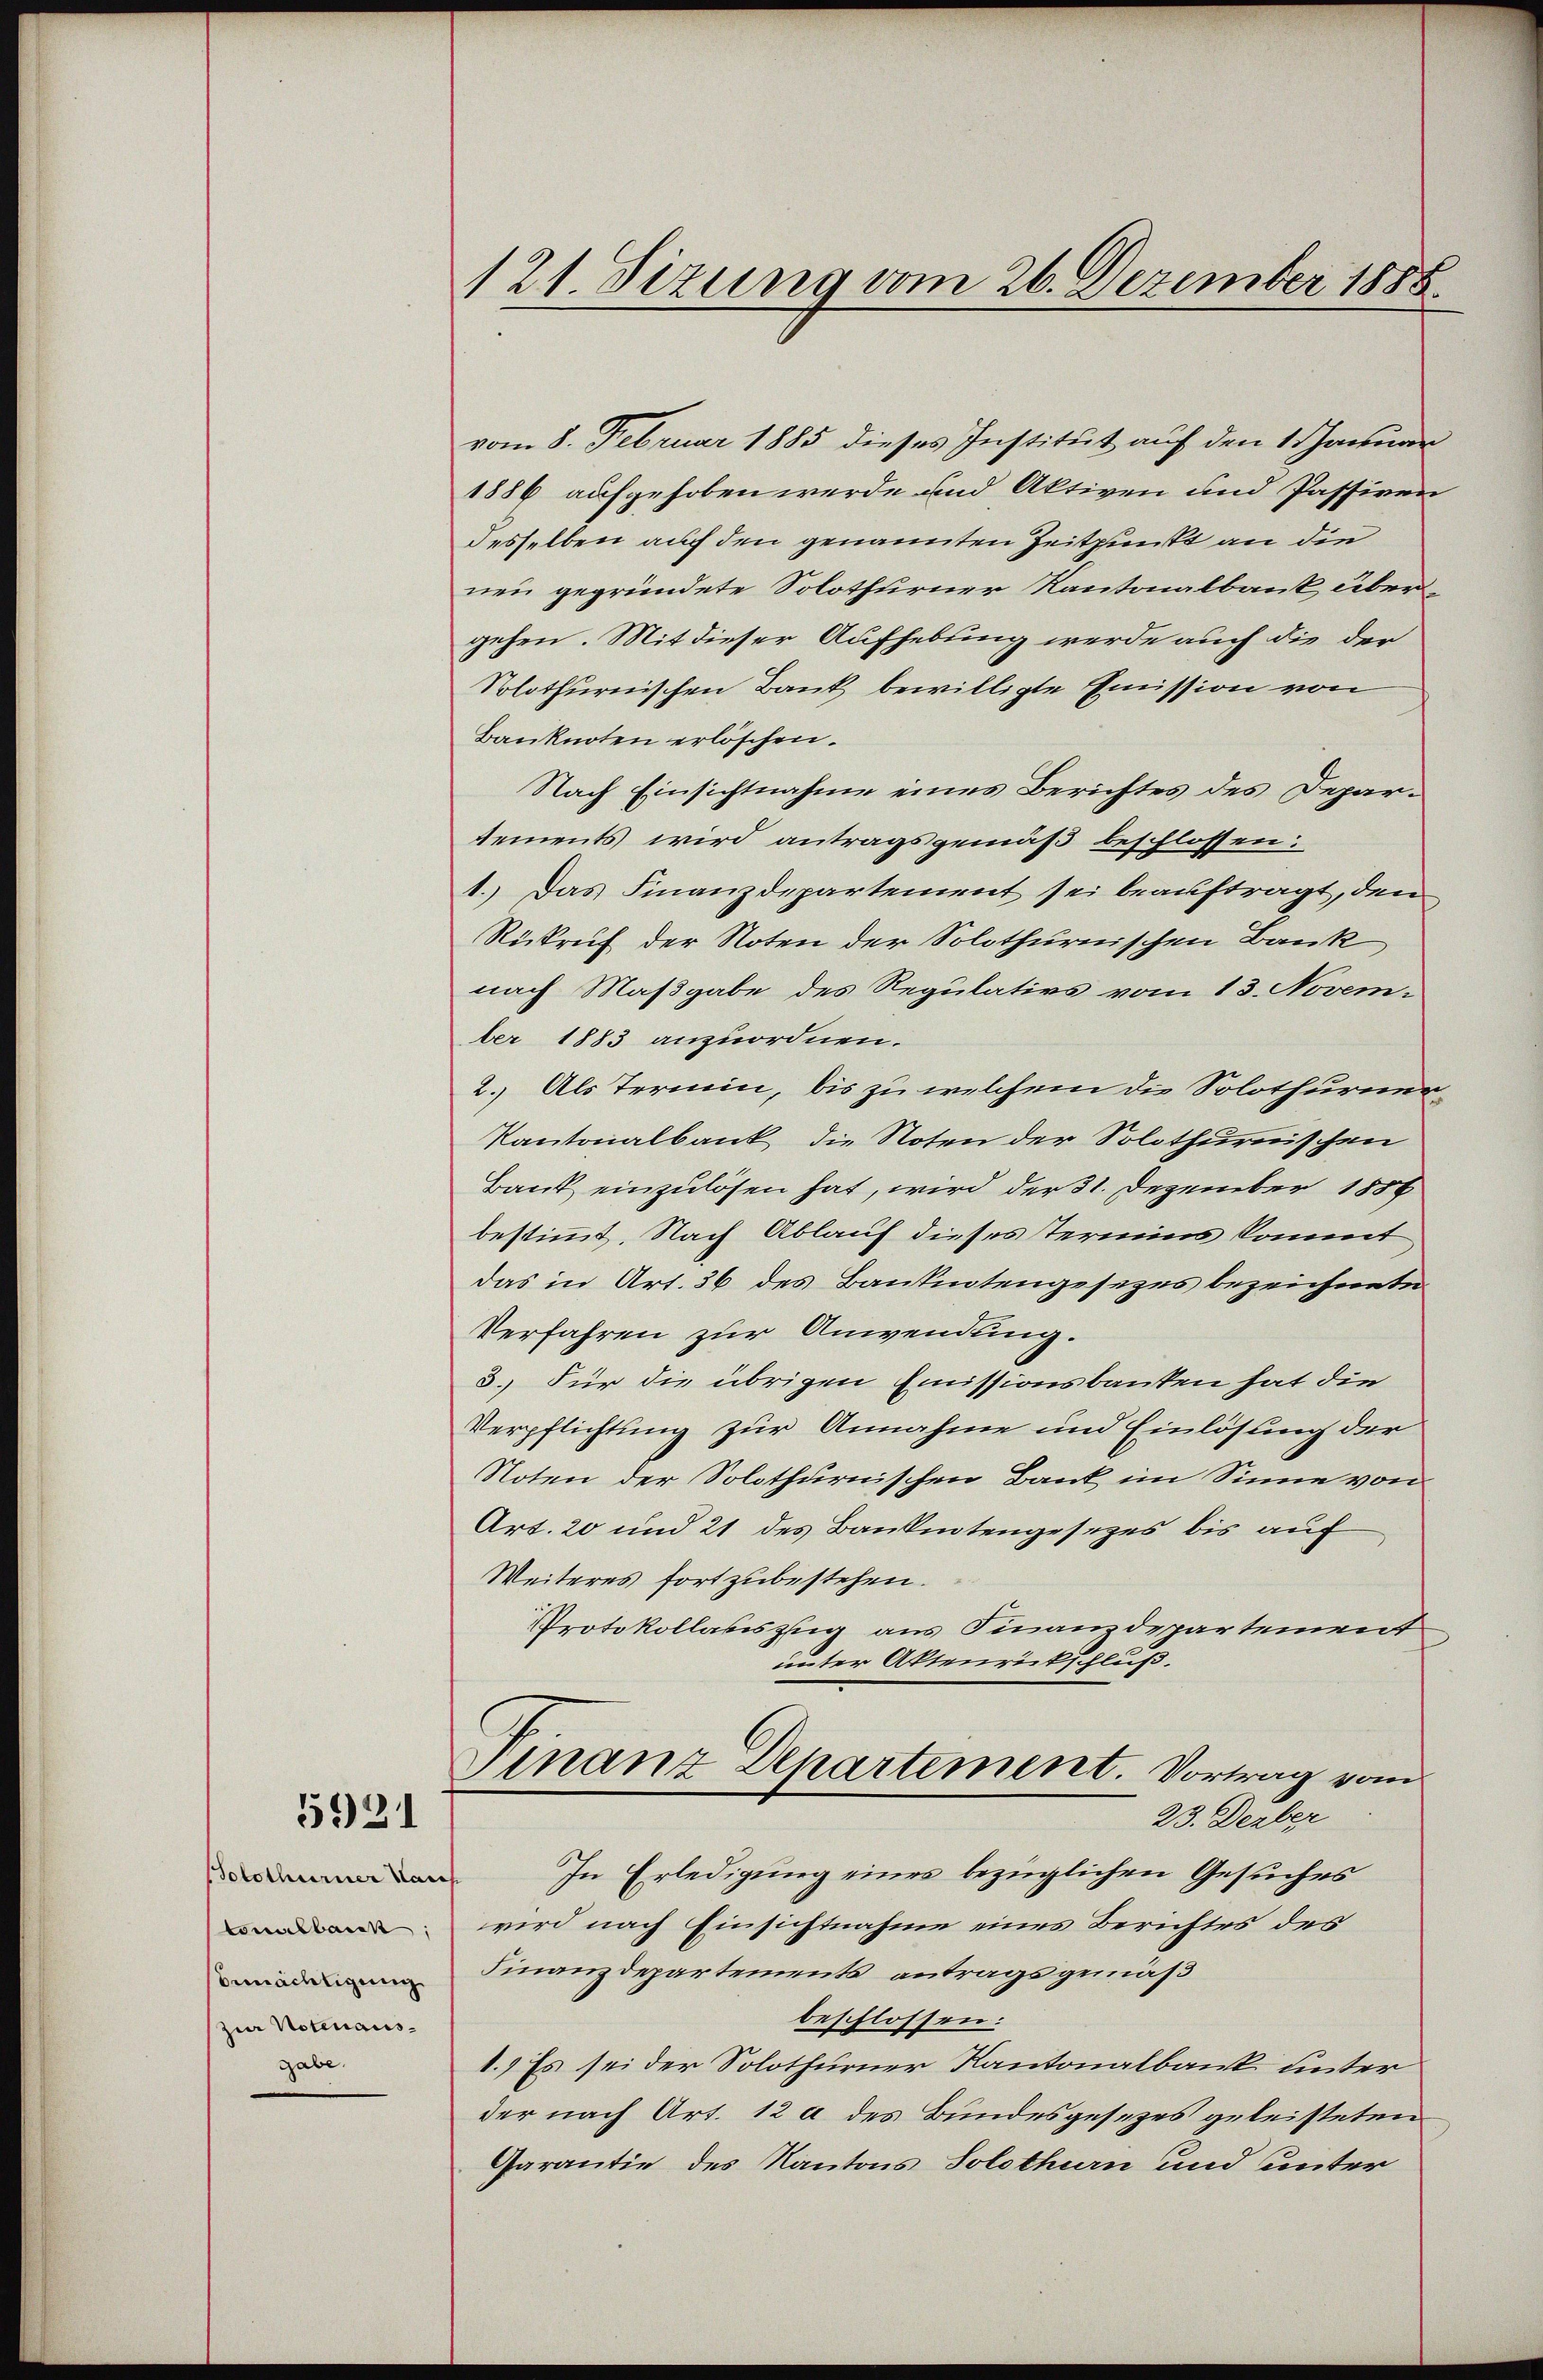
5921

(Solothurner Haus
tonalbaick;
bemächtigung
zur Notenausgabe.

121. Sizung vom 26. Dezember 1888.

vom 8. Februar 1885 dieses Institut auf den 1 Januar
1886 aufgehoben werde und Aktiven und Passiven
desselben auch den genannten Zeitpunkt an die
nen gegründete Solothurner Kantonalbank übergehen. Mit dieser Aufhebung werde auch die der
Solothurnischen Bank bewilligte Emission von
Banknoten erlöschen.
Nach Einsichtnahme eines Berichtes des Deparsements wird antragsgemäß beschlossen:
1.) Das Finanzdepartement sei beauftragt, den
Rükruf der Noten der Solothurnischen Bank
nach Maßgabe des Regulativs vom 13. November 1883 anzuordnen.
2. Als Termin, bis zu welchem die Solothure¬
Kantonalbank, die Noten der Solothurnischen
Bank einzulösen hat, wird der 31. Dezember 1886
bestimmt. Nach Ablauf dieses Termins kommt
das in Art. 36 des Banknotengesezes bezeichnete
Verfahren zur Anwendung.
3.) Für die übrigen Emissionsbanken hat die
Verpflichtung zur Annahme und Einlösung der
Noten der Solothurnischen Bank im Sinne von
Art. 20 und 21 des Banknotengesezes bis auf
Weiteres fortzubestehen.
Protokollasiszug aus Finanzdepartement
unter Aktenrückschluß.
Finanz Departement. Vortrag vom
23. Derber
In Erledigung eines bezüglichen Gesuches
wird nach Einsichtnahme eines Berichtes des
Finanzdepartements antragsgemäß
beschlossen.
1.) Es sei der Solothurner Kantonalbank unter
der nach Art. 12 a des Bundesgesezes geleisteten
Garantie des Kantons Solothurn und unter